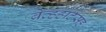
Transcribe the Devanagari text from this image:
ब्रेव्हहार्टसह